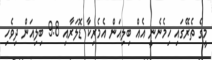
މީގެ ތެރޭގައި ހިމެނެނީ އެއް ބިލިއަން އެމެރިކާ ޑޮލަރާއި 9.8 ބިލިއަން ދިވެހި